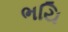
ભયિ